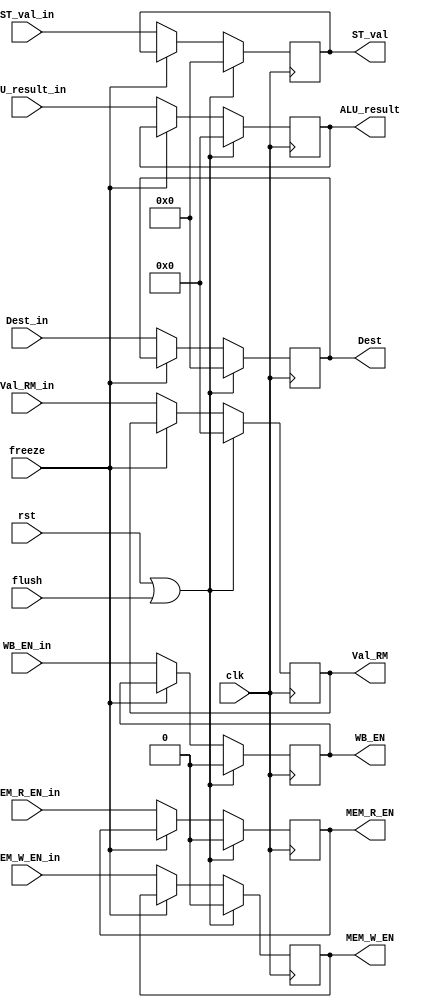
module EXE_STAGE_REG(
    input clk,rst,
    input WB_EN_in, MEM_R_EN_in, MEM_W_EN_in, 
    input [31:0] ALU_result_in,Val_RM_in,
    input [3:0] Dest_in,ST_val_in,
    input flush, freeze,

    output reg WB_EN, MEM_R_EN, MEM_W_EN,
    output reg [31:0] ALU_result, Val_RM,
    output reg [3:0] Dest,ST_val

);

always@(posedge clk)
    if(rst || flush)begin
        WB_EN <=1'b0;
        MEM_R_EN <= 1'b0;
        MEM_W_EN <= 1'b0;
        ALU_result <= 32'b0;
        Val_RM <= 32'b0;
        ST_val <= 4'b0;
        Dest <= 4'b0;
    end
    else if (~freeze) begin
        Val_RM <= Val_RM_in;
        WB_EN <= WB_EN_in;
        MEM_R_EN <= MEM_R_EN_in;
        MEM_W_EN <= MEM_W_EN_in;
        ALU_result <= ALU_result_in;
        ST_val <= ST_val_in;
        Dest <= Dest_in;
    end




endmodule